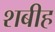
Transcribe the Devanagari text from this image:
शबीह